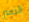
النسر